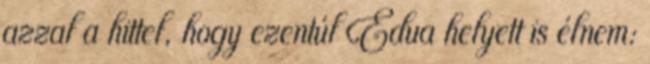
azzal a hittel, hogy ezentúl Edua helyett is élnem: